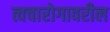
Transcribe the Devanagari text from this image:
त्वचारोगावरील